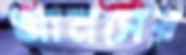
জানসের